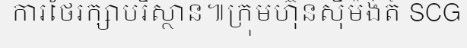
ការថែរក្សាបរិស្ថាន៕ក្រុមហ៊ុនស៊ីម៉ង់ត៍ SCG